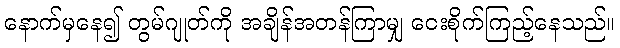
နောက်မှနေ၍ တွမ်ဂျုတ်ကို အချိန်အတန်ကြာမျှ ငေးစိုက်ကြည့်နေသည်။